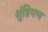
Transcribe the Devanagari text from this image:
शुंडिगण